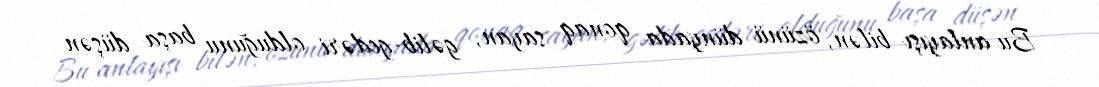
Bu anlayışı bilən, özünü dünyada qonaq sayan, gəlib-gedəri olduğunu başa düşən